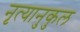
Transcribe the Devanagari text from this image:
नृत्यानुकुल